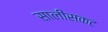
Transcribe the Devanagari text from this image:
सालीसकट